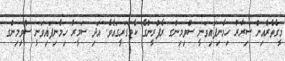
މީގެތެރެއިން ސިރާރު ހިމެނިފައިވަނީ ސްވިމިންގ ރެފްރީންގެ ކެޓަގަރީގައެވެ. އަދި ސަމީރު ހިމެނިފައިވަނީ ސްވިމިންގ